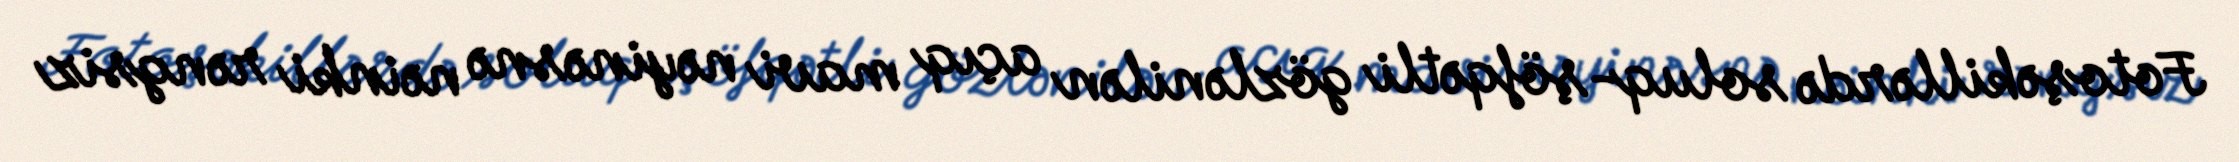
Fotoşəkillərdə soluq-şöfqətli gözlənilən açıq mavi nəyinəsnə nəinki rəngsiz